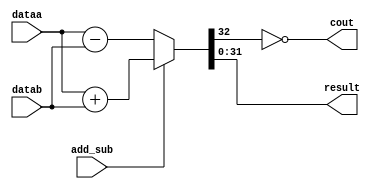
// This program was cloned from: https://github.com/atrac17/Toaplan2
// License: GNU General Public License v3.0

// Copyright 2011-2018 Frederic Requin
//
// This file is part of the MCC216 project
//
// The J68 core:
// -------------
// Simple re-implementation of the MC68000 CPU
// The core has the following characteristics:
//  - Tested on a Cyclone III (90 MHz) and a Stratix II (180 MHz)
//  - from 1500 (~70 MHz) to 1900 LEs (~90 MHz) on Cyclone III
//  - 2048 x 20-bit microcode ROM
//  - 256 x 28-bit decode ROM
//  - 2 x block RAM for the data and instruction stacks
//  - stack based CPU with forth-like microcode
//  - not cycle-exact : needs a frequency ~3 x higher
//  - all 68000 instructions are implemented
//  - almost all 68000 exceptions are implemented (only bus error missing)
//  - only auto-vector interrupts supported

module j68_addsub_32
(
    input         add_sub,
    input  [31:0] dataa,
    input  [31:0] datab,
    output        cout,
    output [31:0] result
);

//`ifdef verilator3

    // Testbench
    wire [32:0] w_result;

    assign w_result = (add_sub) ? { 1'b0, dataa } + { 1'b0, datab }
                                : { 1'b0, dataa } - { 1'b0, datab };

    assign cout   = ~w_result[32];
    assign result = w_result[31:0];
/*
`else

    // Synthesis
    lpm_add_sub
    #(
        .lpm_direction      ("UNUSED"),
        .lpm_hint           ("ONE_INPUT_IS_CONSTANT=NO,CIN_USED=NO"),
        .lpm_representation ("UNSIGNED"),
        .lpm_type           ("LPM_ADD_SUB"),
        .lpm_width          (32)
    )
    lpm_add_sub_32
    (
        .add_sub            (add_sub),
        .dataa              (dataa),
        .datab              (datab),
        .cout               (cout),
        .result             (result)
        // synopsys translate_off
        ,
        .aclr               (),
        .cin                (),
        .clken              (),
        .clock              (),
        .overflow           ()
        // synopsys translate_on
    );

`endif
*/
endmodule